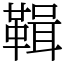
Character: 䩰